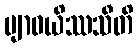
ဗျာဓယိဿသီတိ